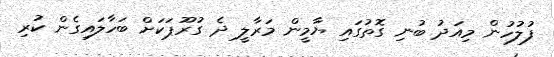
ފުލުހުން މިއަދު ބުނި ގޮތުގައި ޔާމީން މަރާލީ ދެ ގުރޫޕަކަށް ބަހާލައިގެން ކުރި